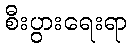
စီးပွားရေးရာ